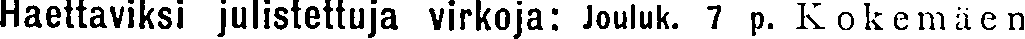
Haettaviksi julistettuja virkoja: Jouluk. 7 p. Kokemäen